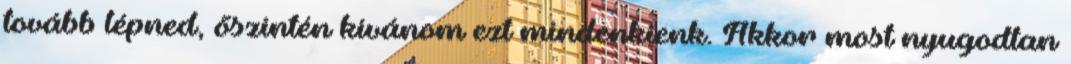
tovább lépned, őszintén kívánom ezt mindenkienk. Akkor most nyugodtan